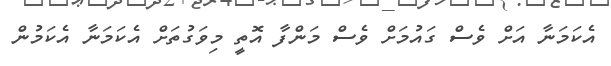
އެކަމަނާ އަށް ވެސް ގައުމަށް ވެސް މަންފާ އޮތީ މިވަގުތަށް އެކަމަނާ އެކަމުން